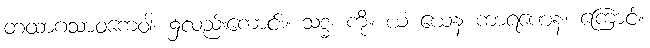
တထာဂသာဝကေဝါ၊ ၌လည်းကောင်း။ သဒ္ဓံ၊ ကို။ ယံ ယေန ကာရဏေန၊ ကြောင့်။